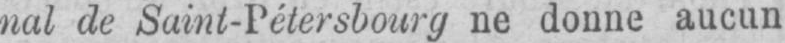
nal de Saint-Pétersbourg ne donne aucun